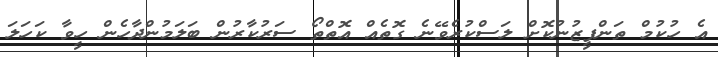
އެ ހުކުމް ތަންފީޒުނުކޮށް ލަސްކުރެވޭނެ ގޮތެއް އޮތްތޯ ސަރުކާރުން ބަލަމުންދާހެން ހީވާ ކަހަލަ